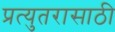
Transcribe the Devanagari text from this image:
प्रत्युतरासाठी